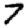
Digit: 7